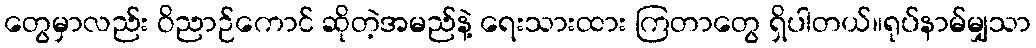
တွေမှာလည်း ဝိညာဉ်ကောင် ဆိုတဲ့အမည်နဲ့ ရေးသားထား ကြတာတွေ ရှိပါတယ်။ရုပ်နာမ်မျှသာ